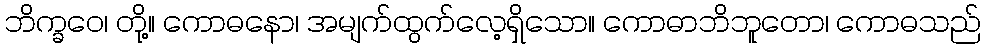
ဘိက္ခဝေ၊ တို့။ ကောဓနော၊ အမျက်ထွက်လေ့ရှိသော။ ကောဓာဘိဘူတော၊ ကောဓသည်